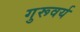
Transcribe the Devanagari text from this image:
गुरूवर्य